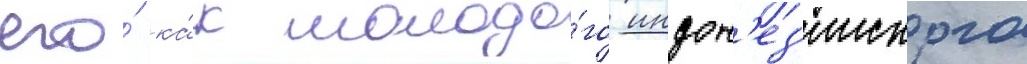
его́ ка́к молодо́го индон'ез'ииского